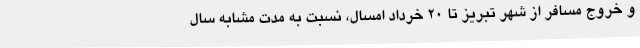
و خروج مسافر از شهر تبریز تا 20 خرداد امسال، نسبت به مدت مشابه سال